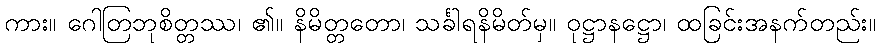
ကား။ ဂေါတြဘုစိတ္တဿ၊ ၏။ နိမိတ္တတော၊ သင်္ခါရနိမိတ်မှ။ ဝုဋ္ဌာနဋ္ဌော၊ ထခြင်းအနက်တည်း။